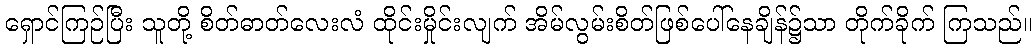
ရှောင်ကြဉ်ပြီး သူတို့ စိတ်ဓာတ်လေးလံ ထိုင်းမှိုင်းလျက် အိမ်လွမ်းစိတ်ဖြစ်ပေါ်နေချိန်၌သာ တိုက်ခိုက် ကြသည်။